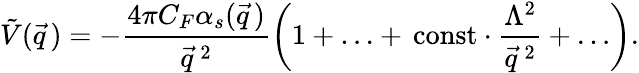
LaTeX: \tilde{V}(\vec{q}\, )=-\frac{4\pi C_{F}\alpha_{s}(\vec{q}\, )}{\vec{q}^{\, 2}}\left(1+\ldots+\, \mathrm{const}\cdot\frac{\Lambda^{2}}{\vec{q}^{\, 2}}+\ldots\right).